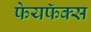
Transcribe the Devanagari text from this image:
फेयफॅक्स